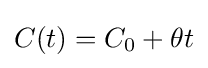
C(t)=C_{0}+\theta t